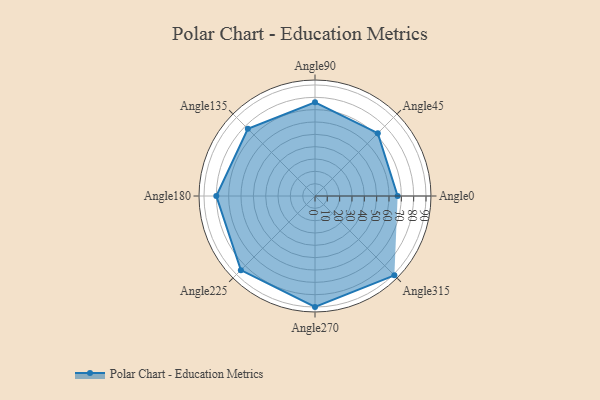
{"axis": {"x": "Angle", "y": "Radius"}, "legend": [""], "data": [{"x": "Angle0", "y": 67.0, "type": ""}, {"x": "Angle45", "y": 72.0, "type": ""}, {"x": "Angle90", "y": 76.0, "type": ""}, {"x": "Angle135", "y": 77.0, "type": ""}, {"x": "Angle180", "y": 80.0, "type": ""}, {"x": "Angle225", "y": 85.0, "type": ""}, {"x": "Angle270", "y": 90.0, "type": ""}, {"x": "Angle315", "y": 91.0, "type": ""}]}